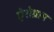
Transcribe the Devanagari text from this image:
ऐरोग्राम